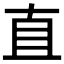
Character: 直